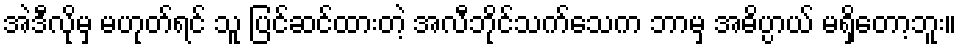
အဲဒီလိုမှ မဟုတ်ရင် သူ ပြင်ဆင်ထားတဲ့ အလီဘိုင်သက်သေက ဘာမှ အဓိပ္ပာယ် မရှိတော့ဘူး။